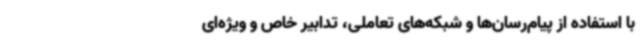
با استفاده از پیام‌رسان‌ها و شبکه‌های تعاملی، تدابیر خاص و ویژه‌ای